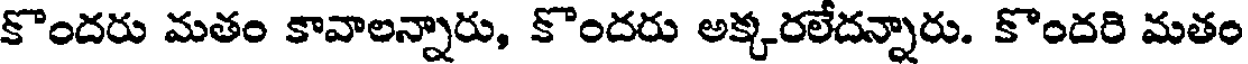
కొందరు మతం కావాలన్నారు, కొందరు అక్కరలేదన్నారు. కొందరి మతం